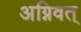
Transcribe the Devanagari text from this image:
अग्निवत्